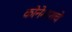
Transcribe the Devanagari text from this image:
कोनेमाराचे